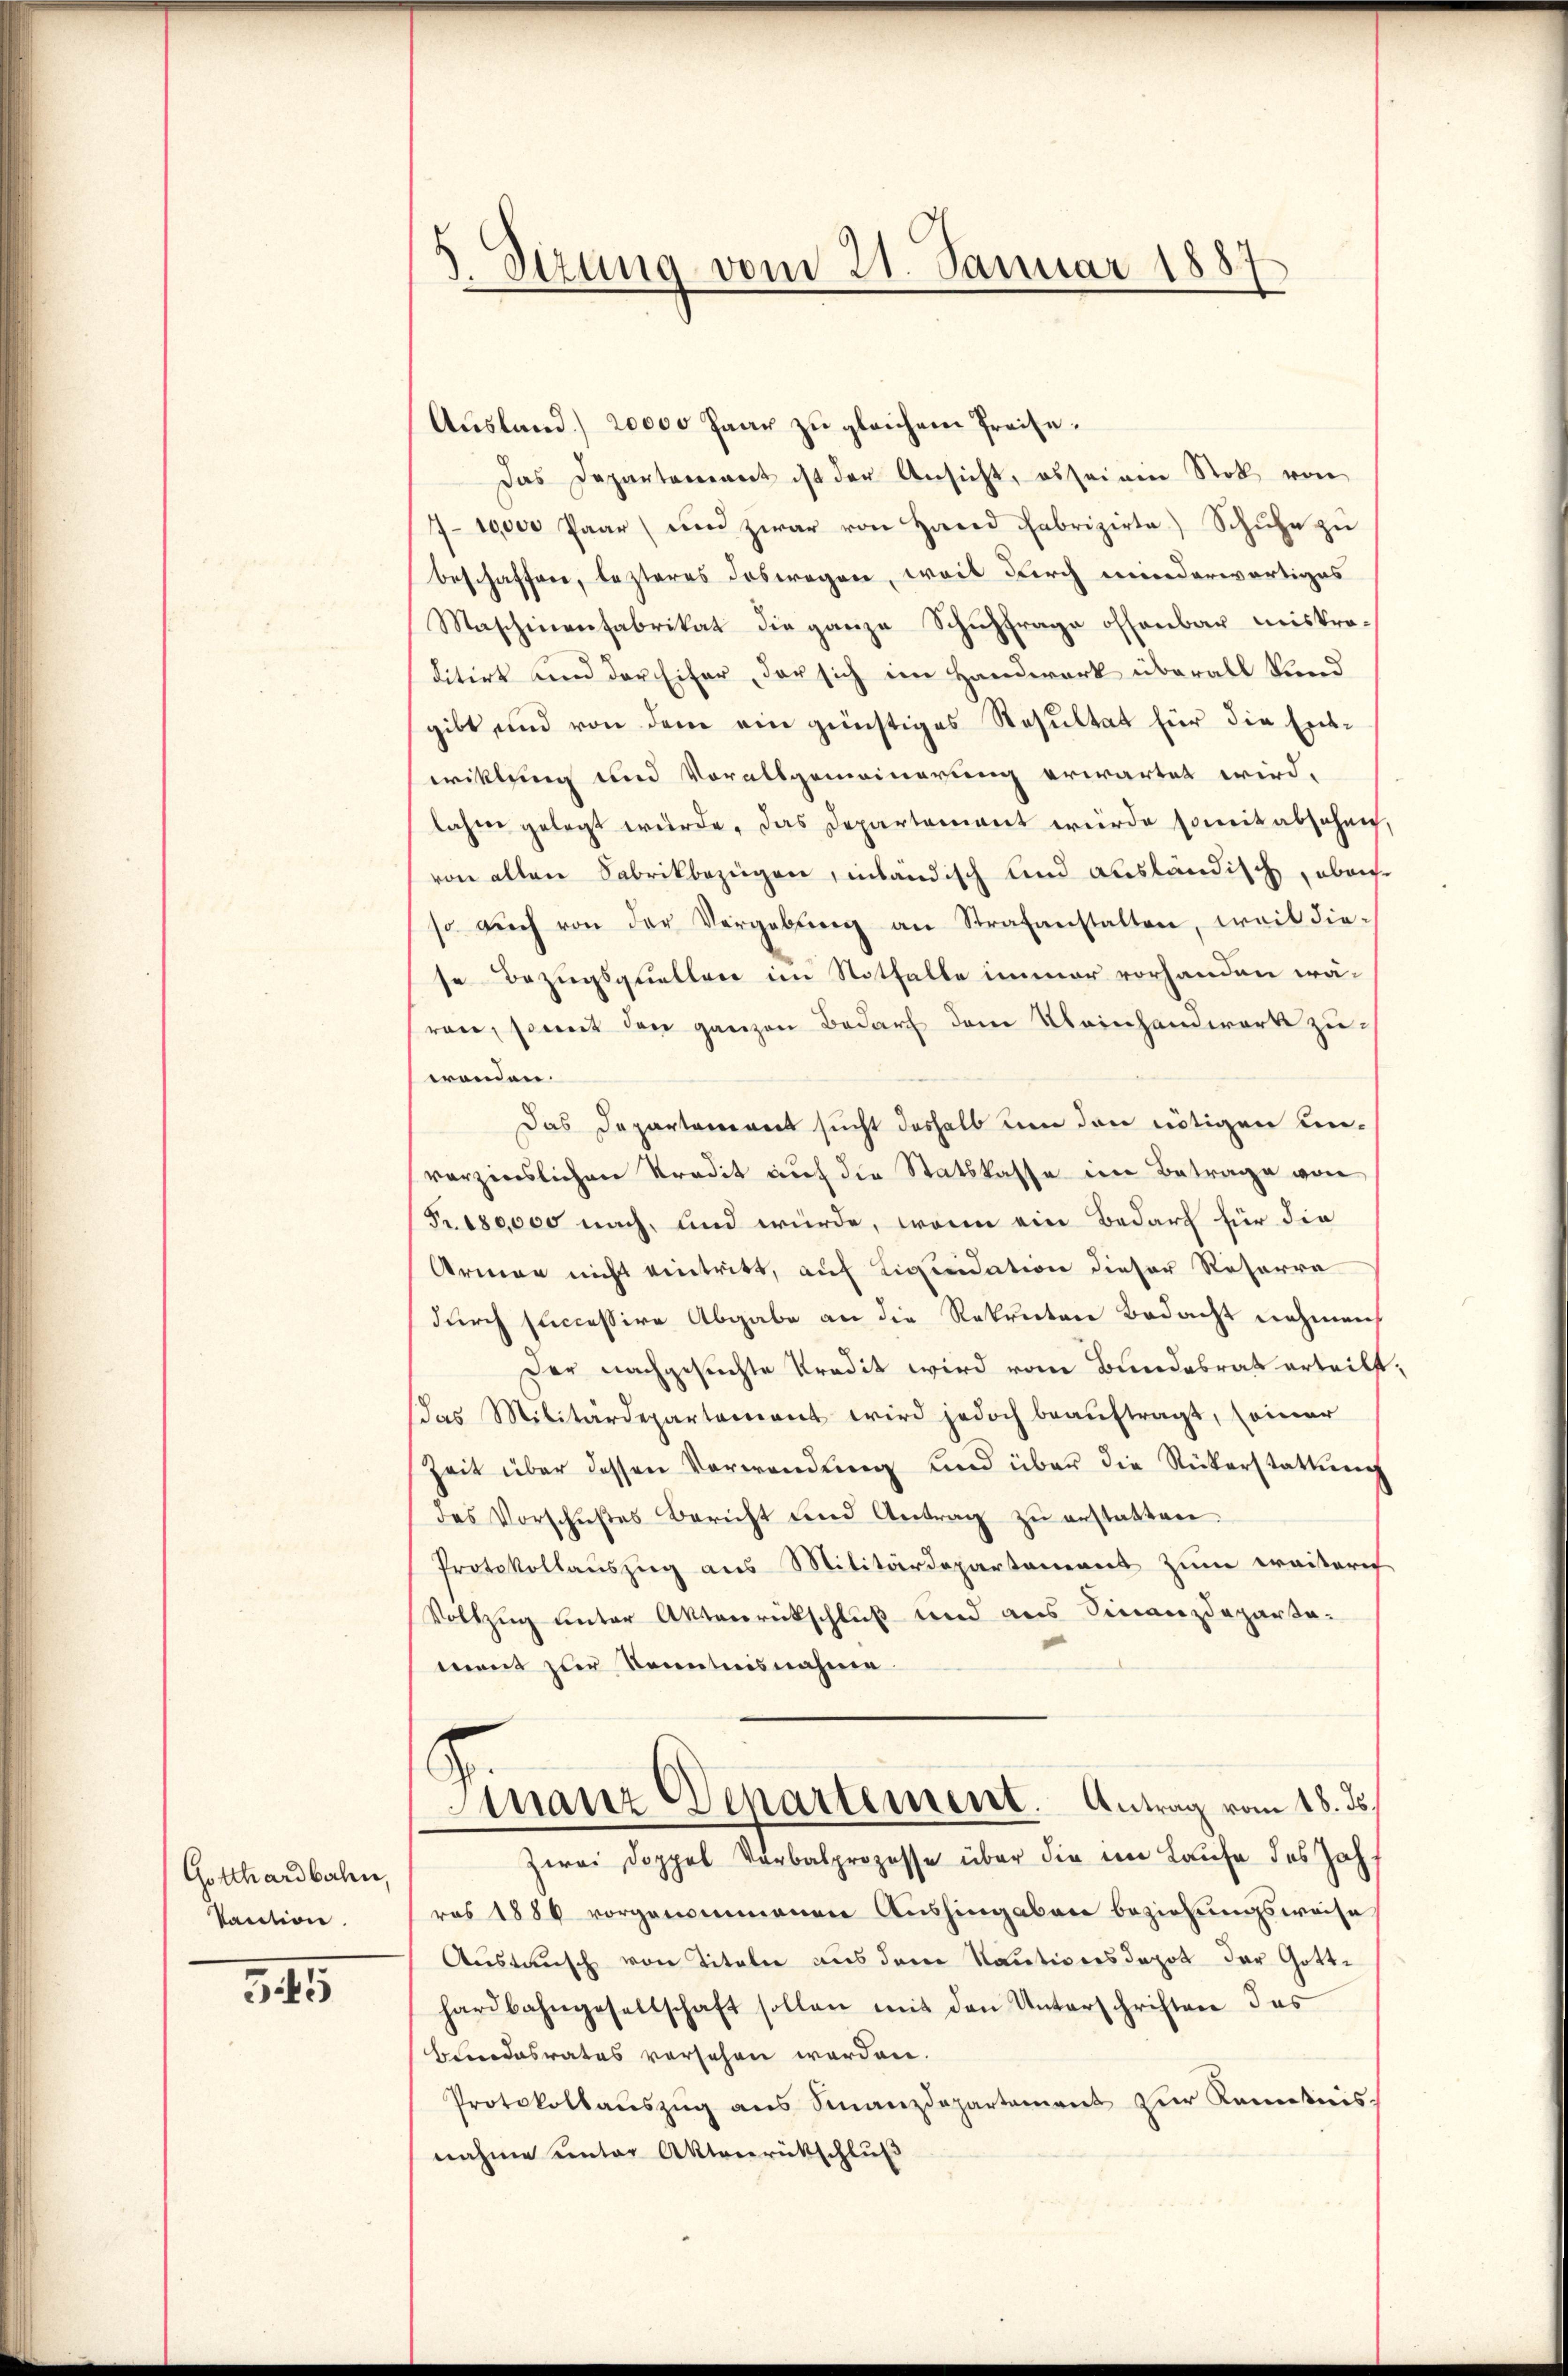
Gotthardbahn,
Vaction.

345

Sizung vom 21. Januar 1887

Ausland) 20000 Paar zu gleichem Preise¬
Das Departement ist der Ansicht, es sei ein Stok von
710,000 Paar und zwar von Hand Fabrizirta) Schŭle zŭ
beschaffen, lezteres deswegen, weil durch minderwärtiges
Maschinenfabrikat die ganze Schuhfrage offenbar miskro-
ditirt und der Eifer, der sich im Handwerk überall kund
gibt und von dem ein günstiges Resultat für die Entwiklung und Vorallgemeinerung erwartet wird.
lahme gelegt würde, das Departement würde soweit absehen,
von allen Fabrikbezügen, inbändisch und ausländisch, ebensso auch von der Vergabung an Strafanstalten, weil die-
se Bezugsquellen im Notfalle immer vorhanden wä-
ren, somit den ganzen Bedarf dem Kleinhandwerk zuwenden.
Das Departement sucht deshalb um den nötigen unverzinslichen Kredit auch die Statskasse im Betrage von
Fr. 180,000 nach, und würde, wenn ein Bedarf für die
Armen nicht eintritt, auf Liquidation dieser Reserre
durch successive Abgabe an die Rekruten Bedacht nehmen
Der nachgesuchte Kredit wird vom Bundesrat erteilft,
das Militärdepartement wird jedoch beaŭftragt, seiner
Zeit über dessen Verwendung und über die Rükerstattung
das Vorschŭβes Bericht und Antrag zŭ erstatten.
Protokollauszug aus Militärdepartement zum Kraiserig
Vollzug unter Aktenrückschluß und aus Finanzdeparta-
ment zur Kenntnisnahme
Finanz Departement. Antrag vom 18. ds.
zwei Doppel Verbalprozesse über die im Laufe des Jah
ros 1880 vorgenommenen Aushingaben beziehungsweise
Austausch von Titeln aus dem Nautiones depot der Gotthardbahngesellschaft sollen mit den Unterschriften das
bindesrates versehen worden.
Protokollaŭszŭg ans Finanzdepartement zur Kenntnis.
nahme unter Aktenrückschluß